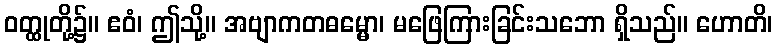
ဝတ္ထုတို့၌။ ဧဝံ၊ ဤသို့။ အဗျာကတဓမ္မော၊ မဖြေကြားခြင်းသဘော ရှိသည်။ ဟောတိ၊